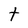
Character: t